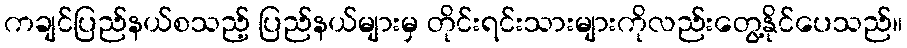
ကချင်ပြည်နယ်စသည့် ပြည်နယ်များမှ တိုင်းရင်းသားများကိုလည်းတွေ့နိုင်ပေသည်။